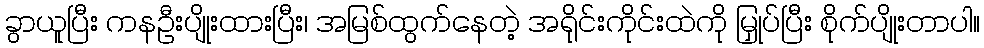
ခွာယူပြီး ကနဦးပျိုးထားပြီး၊ အမြစ်ထွက်နေတဲ့ အရိုင်းကိုင်းထဲကို မြှုပ်ပြီး စိုက်ပျိုးတာပါ။